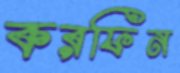
করফিন